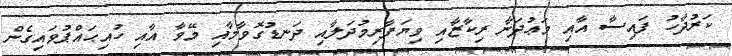
ކަރުދާހު ފައިސާ އާއި މަޢުދަނާ ރިކާޒާއި ވިޔަފާރިމުދަލާއި ދަނޑުގޮވާމާއި މޭވާ އާއި ހުއިޙައްޕުވައިގެން